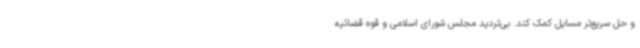
و حل سریع‌تر مسایل کمک کند. بی‌تردید مجلس شورای اسلامی و قوه قضائیه